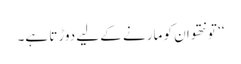
‘‘ تو نتھو ان کو مارنے کے لیے دوڑتا ہے۔